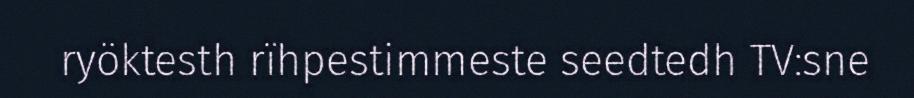
ryöktesth rïhpestimmeste seedtedh TV:sne